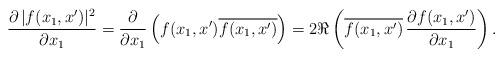
LaTeX: \begin{align*}\frac{\partial\,|f(x_1, x')|^2}{\partial x_1}=\frac{\partial}{\partial x_1}\left(f(x_1, x')\overline{f(x_1, x')}\right)=2\Re\left(\overline{f(x_1, x')}\,\frac{\partial f(x_1, x')}{\partial x_1}\right).\end{align*}